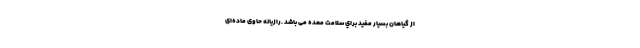
از گیاهان بسيار مفید براي سلامت معده می باشد .رازیانه حاوی ماده‌ای